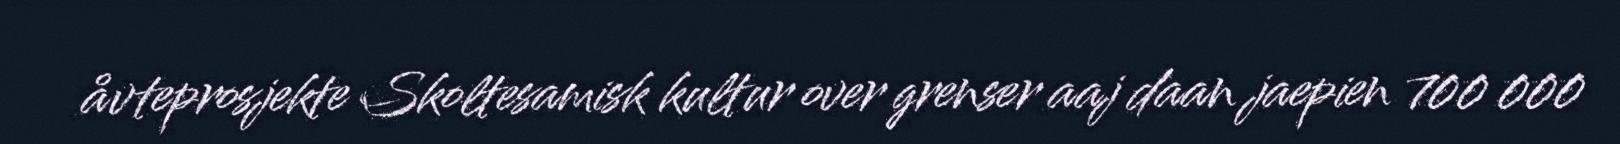
åvteprosjekte Skoltesamisk kultur over grenser aaj daan jaepien 700 000